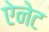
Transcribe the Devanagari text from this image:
ऐनेट